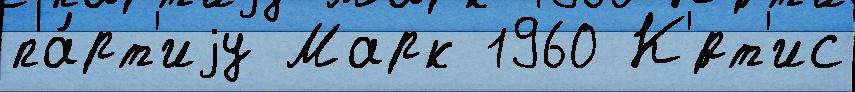
па́рт'иjу Марк 1960 К'́рт'ис